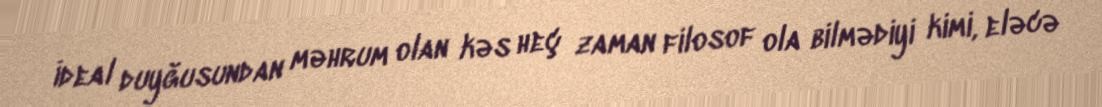
İdeal duyğusundan məhrum olan kəs heç zaman filosof ola bilmədiyi kimi, eləcə